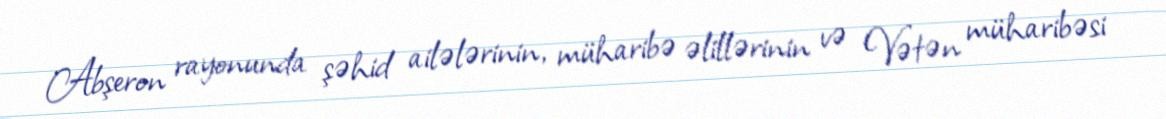
Abşeron rayonunda şəhid ailələrinin, müharibə əlillərinin və Vətən müharibəsi